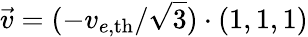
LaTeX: \vec{v}=(-v_{e,\mathrm{{th}}}/\sqrt{3})\cdot(1,1,1)